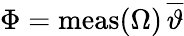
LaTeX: \Phi=\mathrm{meas}(\Omega)\, \overline{{\vartheta}}